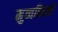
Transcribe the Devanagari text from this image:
मुव्वकिलों